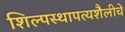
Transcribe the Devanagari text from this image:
शिल्पस्थापत्यशैलीचे